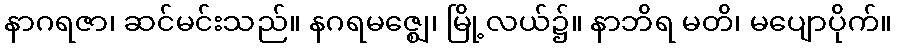
နာဂရဇာ၊ ဆင်မင်းသည်။ နဂရမဇ္ဈေ၊ မြို့လယ်၌။ နာဘိရ မတိ၊ မပျောပိုက်။